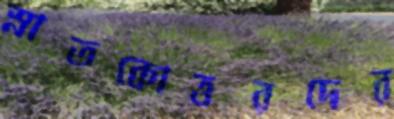
স্নাতকোত্তরদের